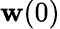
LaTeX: \mathbf{w}(0)